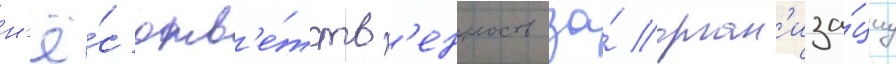
н'ё́с отв'е́тств'енность за́ орган'иза́циу